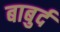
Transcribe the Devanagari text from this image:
बाबुर्द